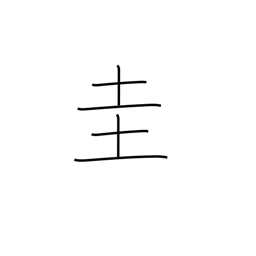
Meaning: square jewel